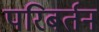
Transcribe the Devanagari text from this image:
परिबर्तन